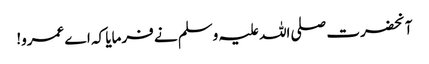
آنحضرت صلی اللہ علیہ وسلم نے فرمایا کہ اے عمرو!